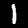
Label: 1